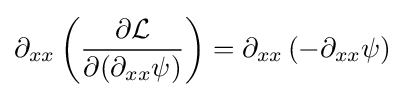
\partial _{xx}\left({\frac {\partial {\mathcal {L}}}{\partial (\partial _{xx}\psi )}}\right)=\partial _{xx}\left(-\partial _{xx}\psi \right)